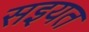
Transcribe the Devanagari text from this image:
सइयत